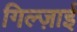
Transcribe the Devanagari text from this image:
गिल्ज़ाई